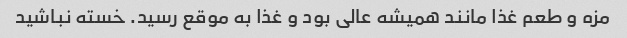
مزه و طعم غذا مانند همیشه عالی بود و غذا به موقع رسید. خسته نباشید